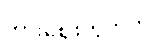
ကားဈေးကွက်တွင်